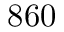
8 6 0